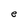
Character: e